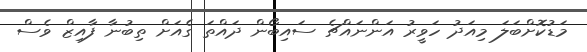
މަޑުކޮށްބަލަ މިއަދު ހަވީރު އަންނައްޗެ ސައިބޯން ދައްތަ ގެއަށް ތިބުނާ ފާއިޒް ވެސް